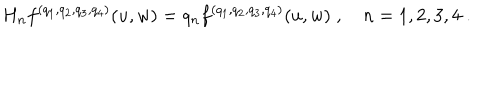
LaTeX: H _ { n } f ^ { ( q _ { 1 } , q _ { 2 } , q _ { 3 } , q _ { 4 } ) } ( u , w ) = q _ { n } f ^ { ( q _ { 1 } , q _ { 2 } , q _ { 3 } , q _ { 4 } ) } ( u , w ) \; , \quad n = 1 , 2 , 3 , 4 \; .